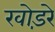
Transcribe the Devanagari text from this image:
खोड़रे